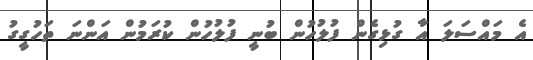
އެ މައްސަލަ އާ ގުޅިގެން ފުލުހުން ބުނީ ފުލުހުން ކުރަމުން އަންނަ ތަހުގީގު